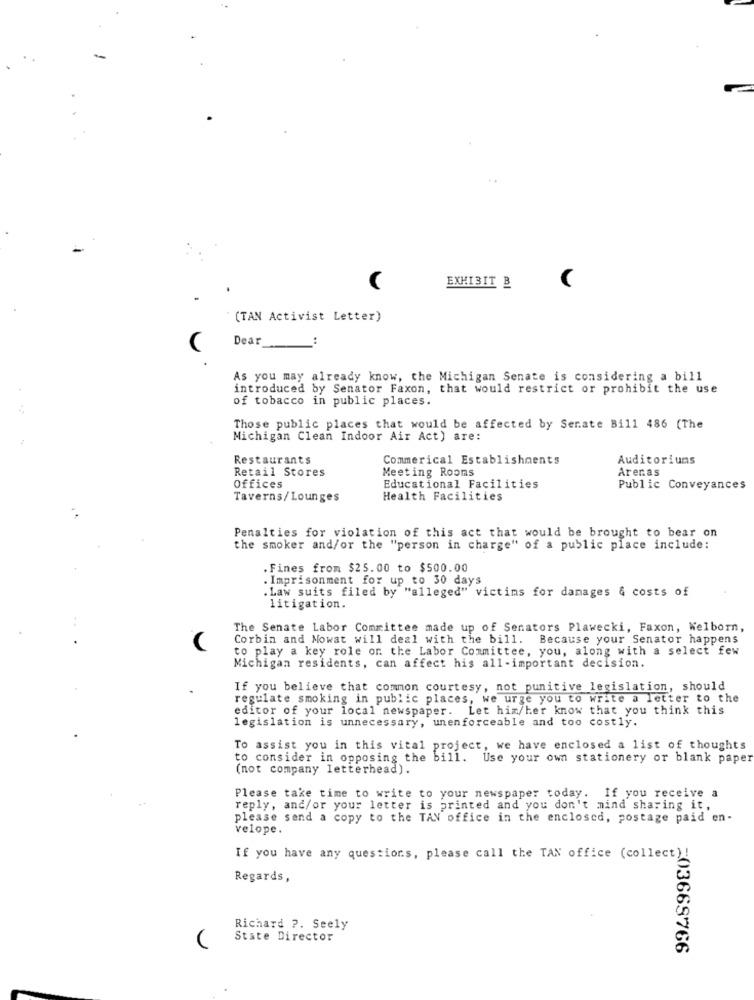
EXHIBIT B
(TAN Activist Letter)
Dear
:
As you may already know, the Michigan Senate is considering a bill
introduced by Senator Faxon, that would restrict or prohibit the use
of tobacco in public places.
Those public places that would be affected by Serate Bill 486 (The
Michigan Clean Indoor Air Act) are:
Restaurants
Commerical Establishments
Auditoriuns
Retail Stores
Meeting Rooms
Arenas
Offices
Educational Facilities
Public Conveyances
Taverns/Lounges
Health Facilities
Penalties for violation of this act that would be brought to bear on
the smoker and/or the "person in charge" of a public place include:
. Fines from $25.00 to $500.00
. Imprisonment for up to 30 days
.Law suits filed by "alleged" victims for damages & costs of
litigation.
The Senate Labor Committee made up of Senators Plawecki, Faxon, Welborn,
Corbin and Mowat will deal with the bill.
Because your Senator happens
to play a key role on the Labor Committee, you, along with a select few
Michigan residents, can affect his all -important decision.
If you believe that common courtesy, not punitive legislation, should
regulate smoking in public places, we urge you to write a letter to the
editor of your local newspaper. Let him/her know that you think this
legislation is unnecessary, unenforceable and too costly.
To assist you in this vital project, we have enclosed a list of thoughts
to consider in opposing the bill.
Use your own stationery or blank paper
(not company letterhead).
Please take time to write to your newspaper today. If you receive a
reply, and/or your letter is printed and you don't mind sharing it,
please send a copy to the TAN office in the enclosed, postage paid en-
velope.
If you have any questions, please call the TAN office (collect) !
Regards,
Richard ?. Seely
State Director
=03668766